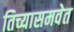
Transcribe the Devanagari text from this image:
तिच्यासमवेत